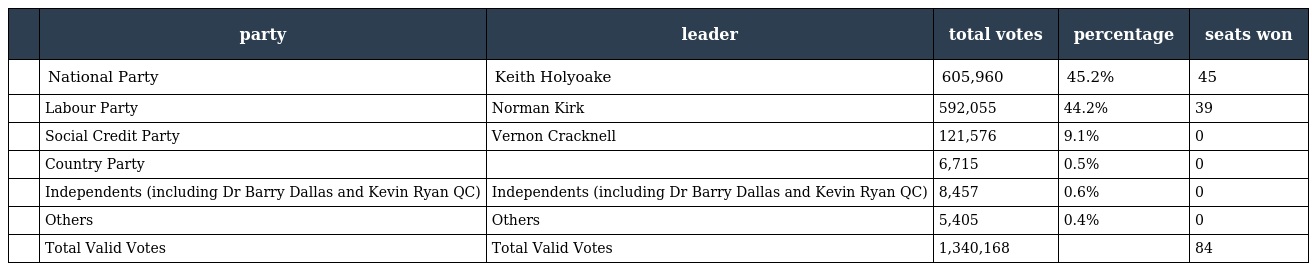
|  | party | leader | total votes | percentage | seats won |
 | --- | --- | --- | --- | --- | --- |
 |  | National Party | Keith Holyoake | 605,960 | 45.2% | 45 |
 |  | Labour Party | Norman Kirk | 592,055 | 44.2% | 39 |
 |  | Social Credit Party | Vernon Cracknell | 121,576 | 9.1% | 0 |
 |  | Country Party |  | 6,715 | 0.5% | 0 |
 |  | Independents (including Dr Barry Dallas and Kevin Ryan QC) | Independents (including Dr Barry Dallas and Kevin Ryan QC) | 8,457 | 0.6% | 0 |
 |  | Others | Others | 5,405 | 0.4% | 0 |
 |  | Total Valid Votes | Total Valid Votes | 1,340,168 |  | 84 |